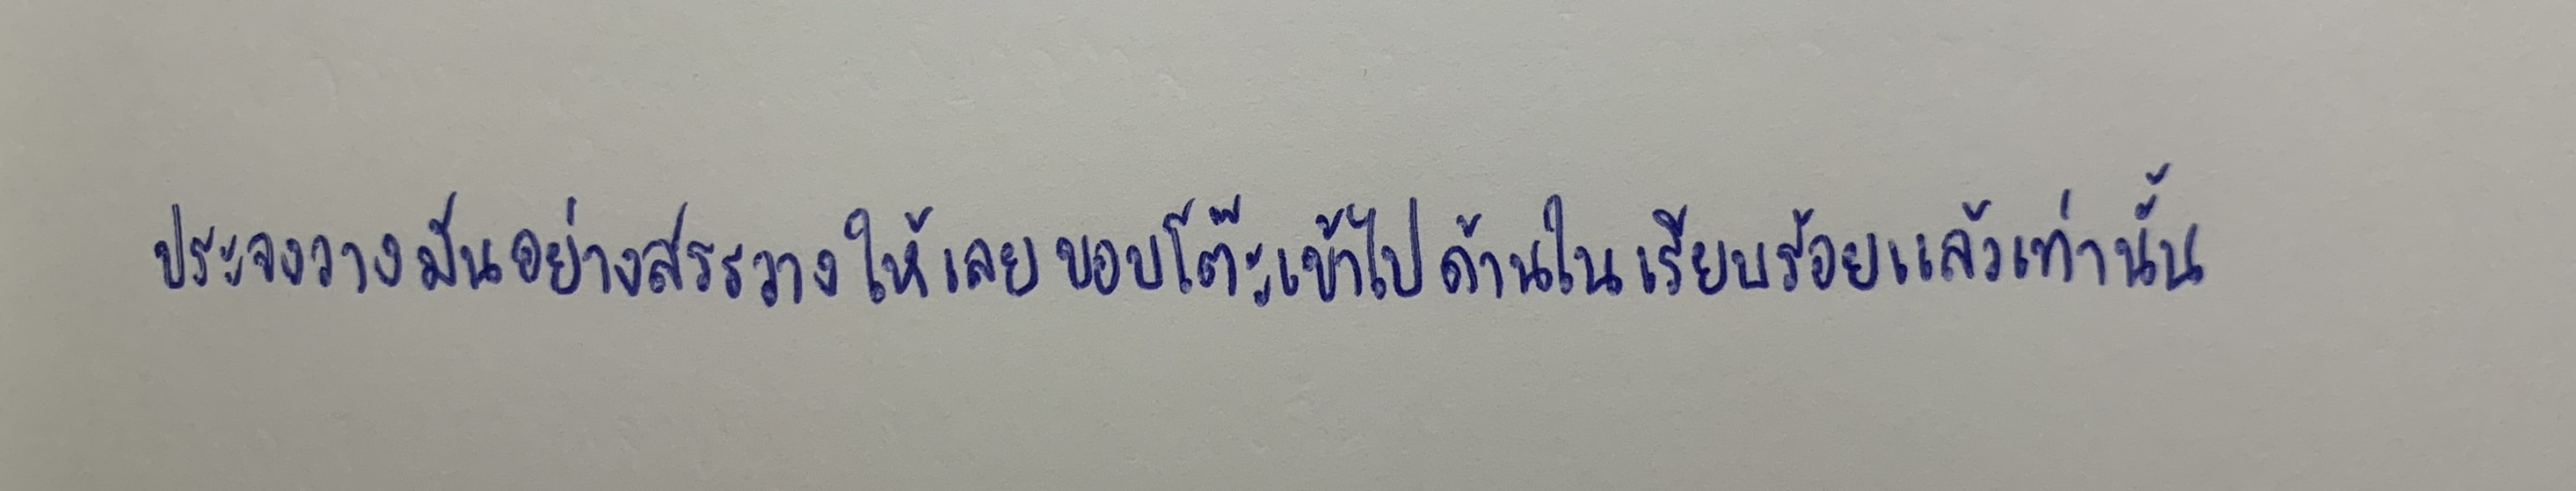
ประจงวางมันอย่างสรรวางให้เลยขอบโต๊ะเข้าไปด้านในเรียบร้อยแล้วเท่านั้น